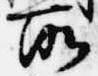
所